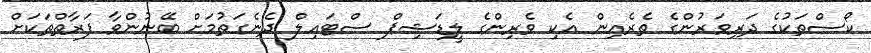
ކޯސްތަކުގެ ދަރިވަރުންގެ ތެރެއިން އެކި ވެރިންގެ ލީޑަޝިޕް ސްޓައިލް ދެނެގަތުމަށް ބޭނުންވާ ފަރާތްތަކަށް